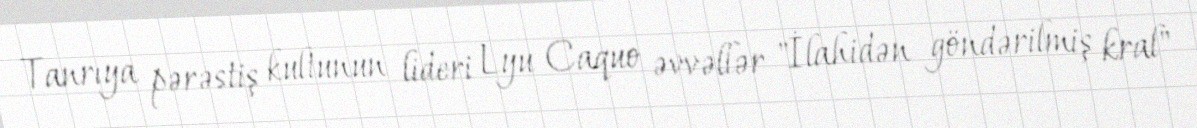
Tanrıya pərəstiş kultunun lideri Lyu Caquo əvvəllər "İlahidən göndərilmiş kral"